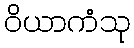
ဝိယာကံသု